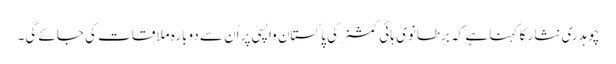
چوہدری نثار کا کہنا ہے کہ برطانوی ہائی کمشنر کی پاکستان واپسی پر اُن سے دوبارہ ملاقات کی جائے گی۔